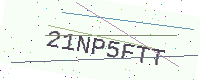
Text: 21NP5FTT